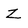
Character: Z